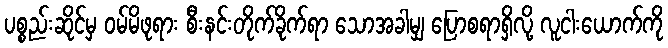
ပစ္စည်းဆိုင်မှ ဝမ်မိဖုရား စီးနင်းတိုက်ခိုက်ရာ သောအခါမျှ ပြောစရာရှိလို့ လူငါးယောက်ကို